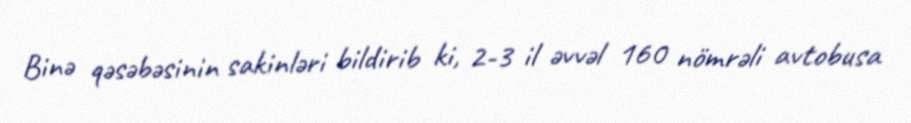
Binə qəsəbəsinin sakinləri bildirib ki, 2-3 il əvvəl 160 nömrəli avtobusa